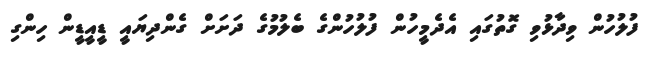
ފުލުހުން ވިދާޅުވި ގޮތުގައި އެދެމީހުން ފުލުހުންގެ ބެލުމުގެ ދަށަށް ގެންދިޔައީ ޑީއީޑީން ހިންގި